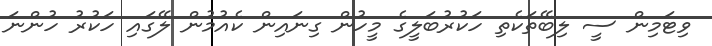
ވިޓަމިން ސީ ލިބޭތަކެތި ހަކުރުބަލީގެ މީހުން ގިނައިން ކެއުމުން ލޭގައި ހަކުރު ހުންނަ